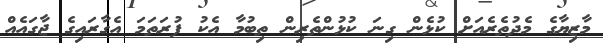
މާޒިޔާގެ މެދުތެރެއަށް ކުޅެން ގިނަ ކުޅުންތެރިން ތިބުމާ އެކު ފުރަތަމަ އެގާރައިގެ ޖާގައެއް